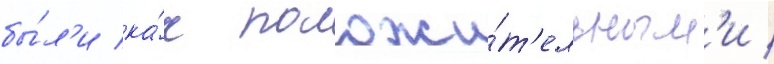
бы́л'и ка́к положи́т'ельным'и /